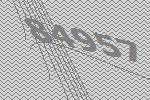
84957